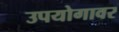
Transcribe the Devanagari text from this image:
उपयोगावर